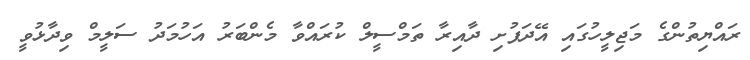
ރައްޔިތުންގެ މަޖިލީހުގައި އޭދަފުށި ދާއިރާ ތަމްސީލް ކުރައްވާ މެންބަރު އަހުމަދު ސަލީމް ވިދާޅުވީ